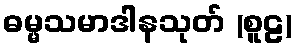
ဓမ္မသမာဒါနသုတ် (စူဠ)